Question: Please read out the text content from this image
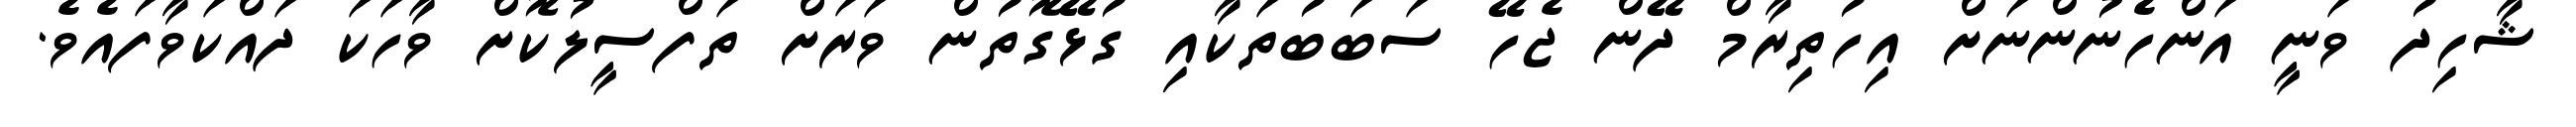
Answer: ޝާހިދު ވަނީ އަންހެނުންނަށް އިހުތިރާމް ދޭން ޖެހޭ ސަބަބުތަކާއި ގުޅޭގޮތުން ވަރަށް ތަފްސީލުކޮށް ވާހަކަ ދައްކަވާފައެވެ.